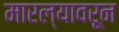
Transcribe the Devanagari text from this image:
मारल्यावरून